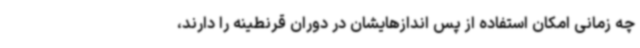
چه زمانی امکان استفاده از پس اندازهایشان در دوران قرنطینه را دارند،